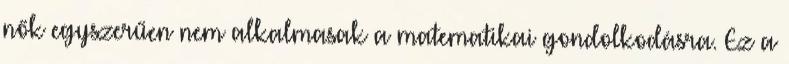
nők egyszerűen nem alkalmasak a matematikai gondolkodásra. Ez a